Punjab Mental Hospital Lahore 1932-46 - 1932-1946
Year: 1932
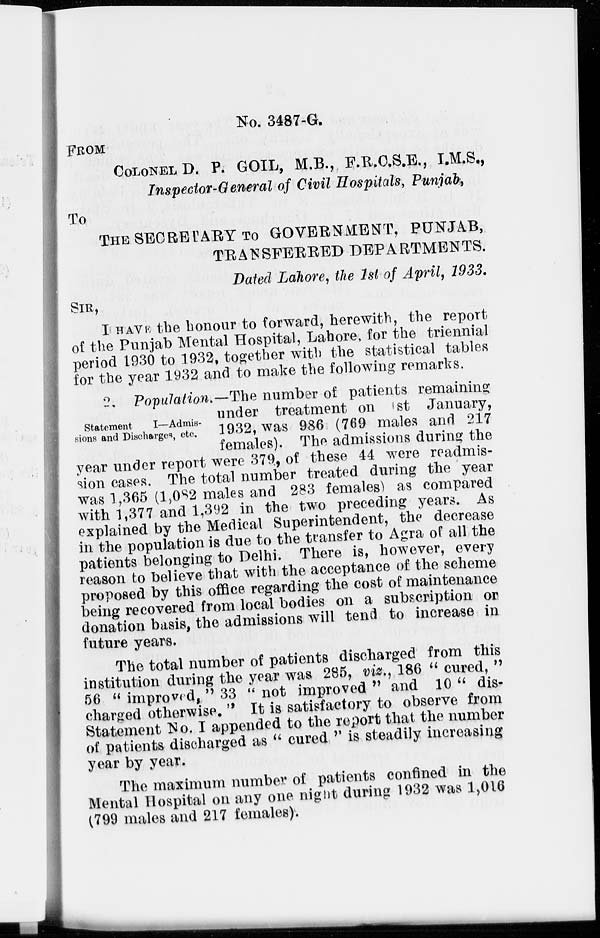
No. 3487-G.
FROM
COLONEL D. P. GOIL, M.B., F.R.C.S.E., I.M.S.,
Inspector-General of Civil Hospitals, Punjab,
To
THE SECRETARY TO GOVERNMENT, PUNJAB,
TRANSFERRED DEPARTMENTS.
Dated Lahore, the 1st of April, 1933.
SIR,
I HAVE the honour to forward, herewith, the report
of the Punjab Mental Hospital, Lahore, for the triennial
period 1930 to 1932, together with the statistical tables
for the year 1932 and to make the following remarks.
Statement
I—Admis-
sions and Discharges, etc.
2. Population.—The number of patients remaining
under treatment on 1st January,
1932, was 986 (769 males and 217
females). The admissions during the
year under report were 379, of these 44 were readmis-
sion cases. The total number treated during the year
was 1,365 (1,082 males and 283 females) as compared
with 1,377 and 1,392 in the two preceding years. As
explained by the Medical Superintendent, the decrease
in the population is due to the transfer to Agra of all the
patients belonging to Delhi. There is, however, every
reason to believe that with the acceptance of the scheme
proposed by this office regarding the cost of maintenance
being recovered from local bodies on a subscription or
donation basis, the admissions will tend to increase in
future years.
The total number of patients discharged from this
institution during the year was 285, viz., 186 " cured, "
56 " improved, " 33 " not improved " and 10 " dis-
charged otherwise. " It is satisfactory to observe from
Statement No. I appended to the report that the number
of patients discharged as " cured " is steadily increasing
year by year.
The maximum number of patients confined in the
Mental Hospital on any one night during 1932 was 1,016
(799 males and 217 females).